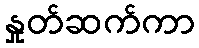
နှုတ်ဆက်ကာ